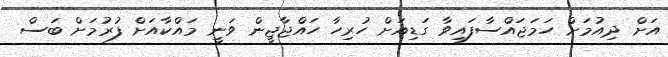
އަށް ދިއުމަށް ހަމަޖައްސާފައިވާ ގަޑިއަށް ހުރިހާ ހައްޖާޖީން ވަނީ މައްކާއަށް ފުރުމަށް ބަސް